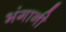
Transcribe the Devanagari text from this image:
भंगानी